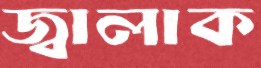
জ্বালাক